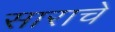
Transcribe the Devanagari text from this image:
साराचे